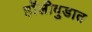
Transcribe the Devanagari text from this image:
हॉलीवुडात